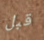
قبل